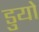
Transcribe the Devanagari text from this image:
डुयो